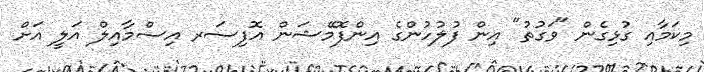
މިކަމާއި ގުޅިގެން "ވަގުތު" އިން ފުލުހުންގެ އިންފޮމޭޝަން އޮފިސަރ އިސްމާއިލް އަލީ އަށް